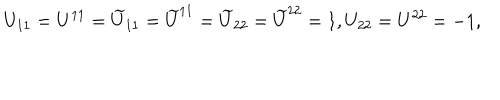
U _ { 1 1 } = U ^ { 1 1 } = \widetilde { U } _ { 1 1 } = \widetilde { U } ^ { 1 1 } = \widetilde { U } _ { 2 2 } = \widetilde { U } ^ { 2 2 } = 1 , U _ { 2 2 } = U ^ { 2 2 } = - 1 ,